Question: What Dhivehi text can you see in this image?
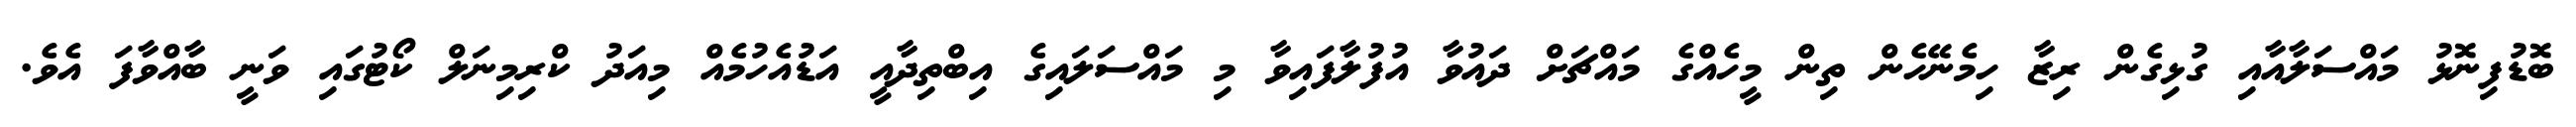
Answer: ބޮޑުފިނޮޅު މައްސަލާއާއި ގުޅިގެން ރިޒާ ހިމެނޭހެން ތިން މީހެއްގެ މައްޗަށް ދައުވާ އުފުލާފައިވާ މި މައްސަލައިގެ އިބްތިދާއީ އަޑުއެހުމެއް މިއަދު ކްރިމިނަލް ކޯޓުގައި ވަނީ ބާއްވާފަ އެވެ.